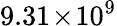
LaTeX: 9.31\! \times\! 10^{9}